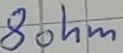
Text: 8ohm